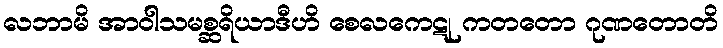
လဘာမိ အာဝါသမစ္ဆရိယာဒီဟိ စေလကေဋု ကတတော ဂုဏတောတိ